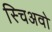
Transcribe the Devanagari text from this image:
स्चिअवो